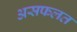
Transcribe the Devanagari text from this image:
असफलत